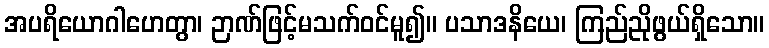
အပရိယောဂါဟေတွာ၊ ဉာဏ်ဖြင့်မသက်ဝင်မူ၍။ ပသာဒနိယေ၊ ကြည်ညိုဖွယ်ရှိသော။